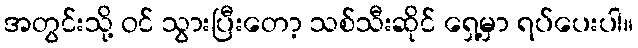
အတွင်းသို့ ဝင် သွားပြီးတော့ သစ်သီးဆိုင် ရှေ့မှာ ရပ်ပေးပါ။